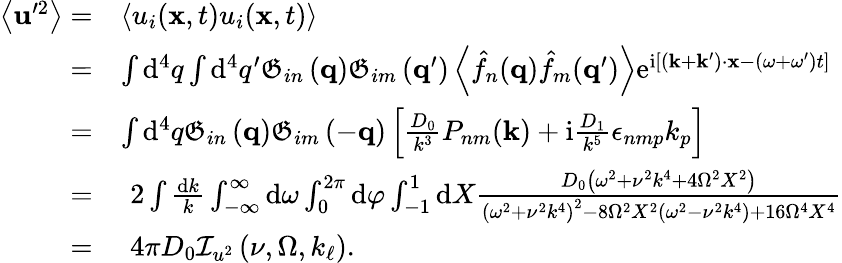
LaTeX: \begin{array}{rl}{\left\langle\mathbf{u}^{\prime 2}\right\rangle=}&{\left\langle u_{i}(\mathbf{x},t)u_{i}(\mathbf{x},t)\right\rangle}\\ {=}&{\int\mathrm{d}^{4}q\int\mathrm{d}^{4}q^{\prime}\mathfrak{G}_{in}\left(\mathbf{q}\right)\mathfrak{G}_{im}\left(\mathbf{q}^{\prime}\right)\left\langle\hat{f}_{n}(\mathbf{q})\hat{f}_{m}(\mathbf{q}^{\prime})\right\rangle\mathrm{e}^{\mathrm{i}\left[\left(\mathbf{k}+\mathbf{k}^{\prime}\right)\cdot\mathbf{x}-\left(\omega+\omega^{\prime}\right)t\right]}}\\ {=}&{\int\mathrm{d}^{4}q\mathfrak{G}_{in}\left(\mathbf{q}\right)\mathfrak{G}_{im}\left(-\mathbf{q}\right)\left[\frac{D_{0}}{k^{3}}P_{nm}(\mathbf{k})+\mathrm{i}\frac{D_{1}}{k^{5}}\epsilon_{nmp}k_{p}\right]}\\ {=}&{\, \, 2\int\frac{\mathrm{d}k}{k}\int_{-\infty}^{\infty}\mathrm{d}\omega\int_{0}^{2\pi}\mathrm{d}\varphi\int_{-1}^{1}\mathrm{d}X\frac{D_{0}\left(\omega^{2}+\nu^{2}k^{4}+4\Omega^{2}X^{2}\right)}{\left(\omega^{2}+\nu^{2}k^{4}\right)^{2}-8\Omega^{2}X^{2}\left(\omega^{2}-\nu^{2}k^{4}\right)+16\Omega^{4}X^{4}}}\\ {=}&{\, \, 4\pi D_{0}\mathcal{I}_{u^{2}}\left(\nu,\Omega,k_{\ell}\right).}\end{array}